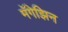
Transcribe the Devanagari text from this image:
मॅगेझिन